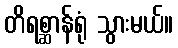
တိရစ္ဆာန်ရုံ သွားမယ်။